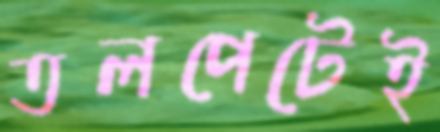
তলপেটেই